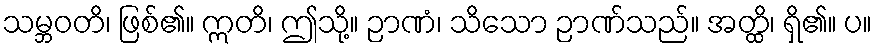
သမ္ဘဝတိ၊ ဖြစ်၏။ ဣတိ၊ ဤသို့။ ဉာဏံ၊ သိသော ဉာဏ်သည်။ အတ္ထိ၊ ရှိ၏။ ပ။